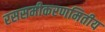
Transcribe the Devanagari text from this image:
रससमीकरणमितीय